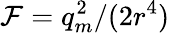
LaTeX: {\cal F}=q_{m}^{2}/(2r^{4})